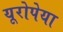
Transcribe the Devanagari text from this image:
यूरोपेया